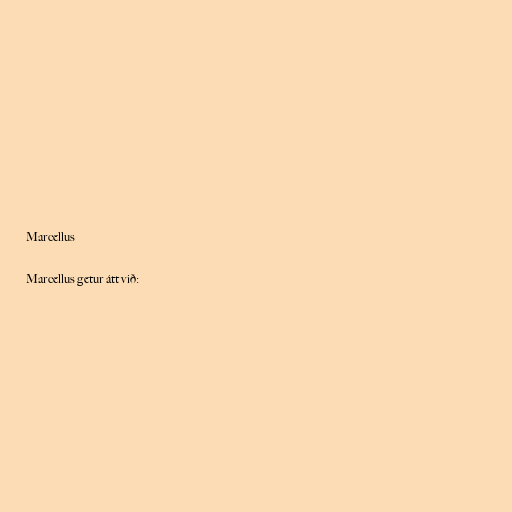
Marcellus

Marcellus getur átt við: